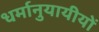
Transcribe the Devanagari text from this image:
धर्मानुयायीयों